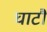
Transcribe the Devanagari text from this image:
घाटौं